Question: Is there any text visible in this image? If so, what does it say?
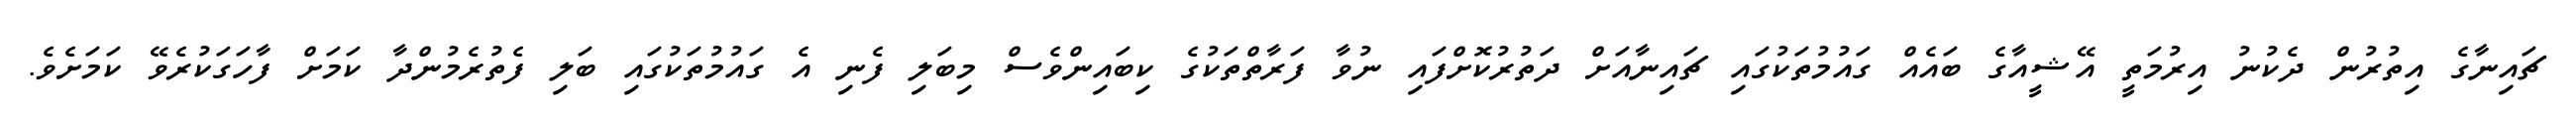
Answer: ޗައިނާގެ އިތުރުން ދެކުނު އިރުމަތީ އޭޝީއާގެ ބައެއް ގައުމުތަކުގައި ޗައިނާއަށް ދަތުރުކޮށްފައި ނުވާ ފަރާތްތަކުގެ ކިބައިންވެސް މިބަލި ފެނި އެ ގައުމުތަކުގައި ބަލި ފެތުރެމުންދާ ކަމަށް ފާހަގަކުރެވޭ ކަމަށެވެ.